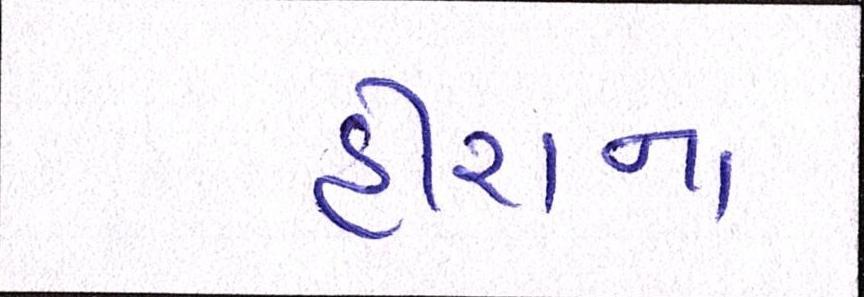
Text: હીરાના